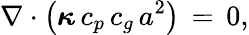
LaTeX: \nabla\cdot\left({\boldsymbol{\kappa}}\, c_{p}\, c_{g}\, a^{2}\right)\, =\, 0,